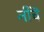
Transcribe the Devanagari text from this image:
नीचॆ